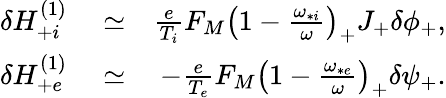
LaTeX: \begin{array}{rlr}{\delta H_{+i}^{(1)}}&{{}\simeq}&{\frac{e}{T_{i}}F_{M}\left(1-\frac{\omega_{*i}}{\omega}\right)_{+}J_{+}\delta\phi_{+},}\\ {\delta H_{+e}^{(1)}}&{{}\simeq}&{-\frac{e}{T_{e}}F_{M}\left(1-\frac{\omega_{*e}}{\omega}\right)_{+}\delta\psi_{+}.}\end{array}